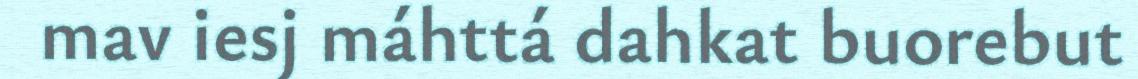
mav iesj máhttá dahkat buorebut